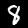
Label: 8